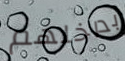
بداخلهم